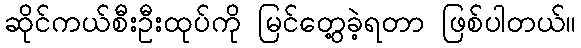
ဆိုင်ကယ်စီးဦးထုပ်ကို မြင်တွေ့ခဲ့ရတာ ဖြစ်ပါတယ်။